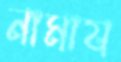
নামায